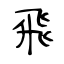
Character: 飛